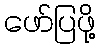
ဖော်ပြဖို့